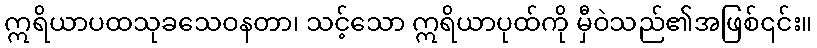
ဣရိယာပထသုခသေဝနတာ၊ သင့်သော ဣရိယာပုထ်ကို မှီဝဲသည်၏အဖြစ်၎င်း။